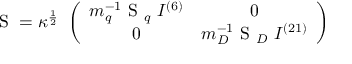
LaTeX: \mathrm { \boldmath ~ S ~ } = \kappa ^ { \frac { 1 } { 2 } } ~ \left( \begin{array} { c c } { { m _ { q } ^ { - 1 } { \mathrm { \boldmath ~ S ~ } } _ { q } ~ I ^ { ( 6 ) } } } & { { 0 } } \\ { { 0 } } & { { m _ { D } ^ { - 1 } { \mathrm { \boldmath ~ S ~ } } _ { D } ~ I ^ { ( 2 1 ) } } } \end{array} \right)